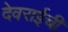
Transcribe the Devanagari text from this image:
देवराईची